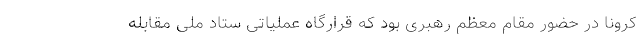
کرونا در حضور مقام معظم رهبری بود که قرارگاه عملیاتی ستاد ملی مقابله